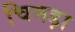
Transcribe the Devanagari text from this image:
चिमड़ा